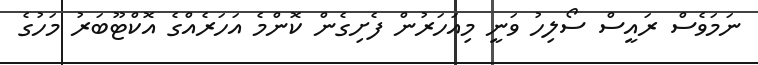
ނަމަވެސް ރައީސް ސޯލިހު ވަނީ މިއަހަރުން ފެށިގެން ކޮންމެ އަހަރެއްގެ އޮކްޓޫބަރު މަހުގެ